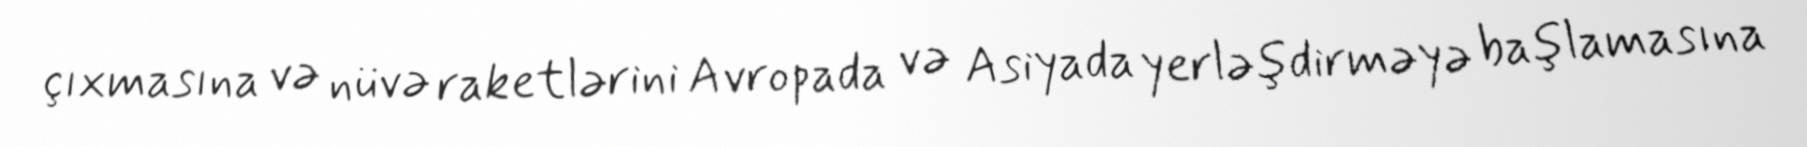
çıxmasına və nüvə raketlərini Avropada və Asiyada yerləşdirməyə başlamasına